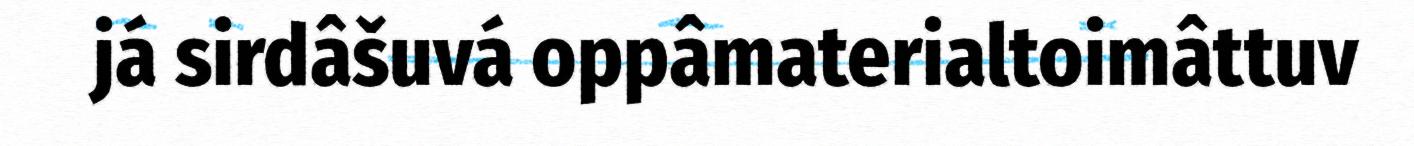
já sirdâšuvá oppâmaterialtoimâttuv